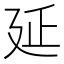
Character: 延